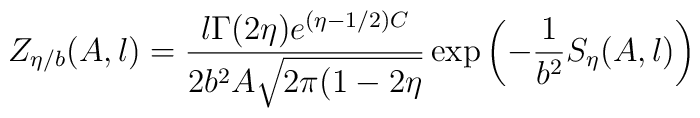
Z_{\eta/b}(A,l)=\frac{l\Gamma(2\eta)e^{(\eta-1/2)C}}{2b^{2}A\sqrt{2\pi(1-2\eta}}\exp\left(  -\frac1{b^{2}}S_{\eta}(A,l)\right)